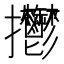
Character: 𢺴